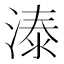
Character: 溙